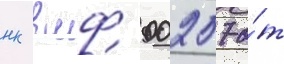
нк вмф 00257 о́т